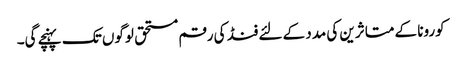
کورونا کے متاثرین کی مدد کے لئے فنڈ کی رقم مستحق لوگوں تک پہنچے گی۔